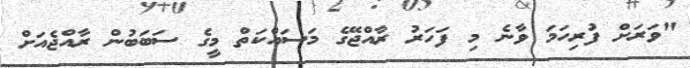
"ވަރަށް ފުރިހަމަ ވާނެ މި ފަހަރު ރާއްޖޭގެ މަސައްކަތް މީގެ ސަބަބުން ރާއްޖެއަށް